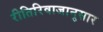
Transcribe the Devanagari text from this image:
रीतिरिवाजानुसार